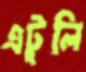
এটুলি